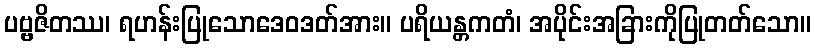
ပဗ္ဗဇိတဿ၊ ရဟန်းပြုသောဒေဝဒတ်အား။ ပရိယန္တကတံ၊ အပိုင်းအခြားကိုပြုတတ်သော။